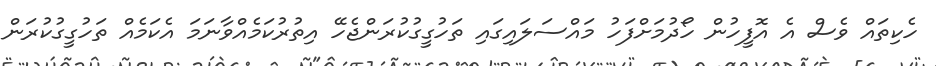
ހެކިތައް ވެސް އެ އޮފީހުން ހޯދުމަށްފަހު މައްސަލައިގައި ތަހުގީގުކުރަންޖެހޭ އިތުރުކަމެއްވާނަމަ އެކަމެއް ތަހުގީގުކުރަން